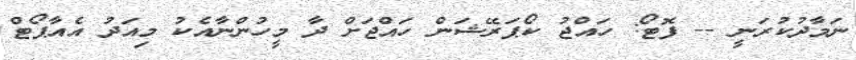
ނަމާދުކުރަނީ -- ފޮޓޯ: ހައްޖު ކޯޕަރޭޝަން ހައްޖަށް ދާ މީހުންނާއެކު މިއަދު އެއާޕޯޓް